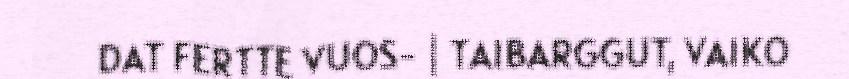
DAT FERTTE VUOS- | TAIBARGGUT, VAIKO